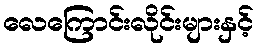
လေကြောင်းလိုင်းများနှင့်